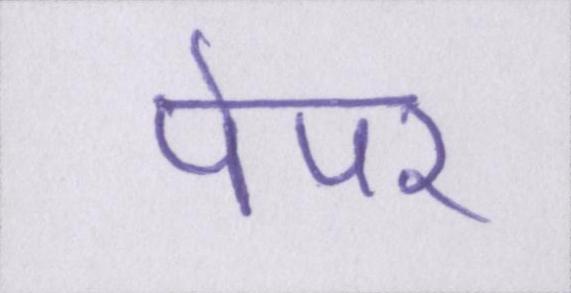
पेपर